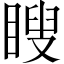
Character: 瞍